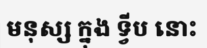
មនុស្ស ក្នុង ទ្វីប នោះ